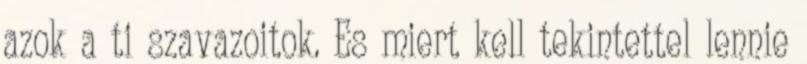
azok a ti szavazoitok. Es miert kell tekintettel lennie